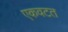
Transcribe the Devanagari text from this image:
एकवटत